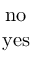
\begin{array} { c } { { \mathrm { n o } } } \\ { { \mathrm { y e s } } } \end{array}